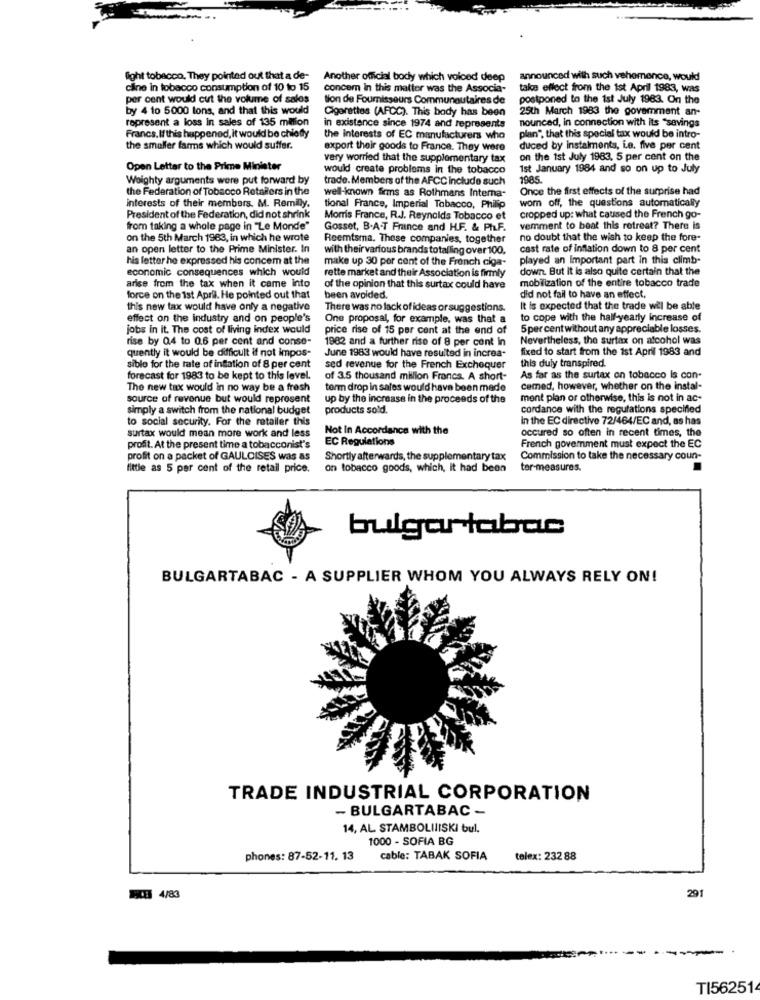
fight tobacco, They pointed out that a de-
Another official body which voiced deep
announced with such vehemence, would
cine in tobacco consumption of 10 to 15
concem in this matter was the Associa-
take effect from the ist April 1983, was
per cent would cut the volume of salos
tion de Fournisseurs Communautaires de
postponed to the 1st July 1983. On the
by 4 to 5000 tons, and that this would
Cigarettes (AFCC). This body has been
25th March 1983 the government an-
represent a loss in sales of 135 million
nounced, in connection with its "savings
in existence since 1974 and represents
Francs. If this happened, it would be chiefly
the Interests of EC manufacturers who
plan", that this special tax would be intro-
the smaller farms which would suffer.
export their goods to France. They were
duced by instalments, Le. five per cent
very worried that the supplementary tax
on the 1st July 1983. 5 per cent on the
Open Letter to the Prime Minister
would create problems in the tobacco
1st January 1984 and so on up to July
Woighty arguments were put forward by
trade. Members of the AFCC Include such
1985.
the Federation of Tobacco Retailers in the
Once the first effects of the surprise had
well-known firms as Rothmans Interna-
wom off, the questions automatically
interests of their members. M. Remilly.
tional France, Imperial Tobacco, Philip
President of the Federation, did not shrink
Morris France, R.J. Reynolds Tobacco et
cropped up: what caused the French go-
from taking a whole page in "Le Monde"
Gosset, B.A-T France and H.F. & Ph.F.
vemment to beat this retreat? There is
on the 5th March 1963, in which he wrote
Reemtsma. These companies, together
no doubt that the wish to keep the fore-
an open letter to the Prime Minister. In
with their various brands totalling over 100.
cast rate of inflation down to 8 per cent
his letter he expressed his concem at the
make up 30 per cent of the French ciga-
played an Important part in this climb-
economic consequences which would
down But it is also quite certain that the
rette market and their Association is firmly
mobilization of the entire tobacco trade
arise from the tax when it came into
of the opinion that this surtax could have
force on the 1st April. He pointed out that
been avoided.
did not fail to have an effect,
this new tax would have only a negative
There was no lack of ideas or suggestions.
It is expected that the trade wil be able
effect on the industry and on people's
One proposal, for example, was that a
to cope with the half-yearly increase of
jobs in it. The cost of living index would
price rise of 15 per cent at the end of
5 per cent without any appreciable losses.
rise by 0.4 to 0.6 per cent and conse-
1982 and a further rise of 8 per cent In
Nevertheless, the surtax on alcohol was
June 1983 would have resulted in increa-
fixed to start from the ist April 1983 and
quently it would be difficult if not impos-
siblo for the rate of inflation of 8 per cent
sed revenue for the French Exchequer
this duly transpired.
forecast for 1983 to be kept to this level.
of 3.5 thousand million Francs. A short-
As far as the surtax on tobacco is con-
The new tax would in no way be a fresh
term drop in sales would have been made
cemed, however, whether on the instal-
source of revenue but would represent
up by the increase in the proceeds of the
ment plan or otherwise, this is not in ac-
simply a switch from the national budget
products sold.
cordance with the regulations specified
to social security. For the retailer this
In the EC directive 72/464/EC and, as has
Not In Accordance with the
occured so often in recent times, the
surtax would mean more work and less
EC Regulations
profit. At the present time a tobacconist's
French government must expect the EC
profit on a packet of GAULOISES was as
Shortly afterwards, the supplementary tax
Commission to take the necessary coun-
little as 5 per cent of the retail price.
on tobacco goods, which, it had been
tor-measures.
bulgar tabac
BULGARTABAC - A SUPPLIER WHOM YOU ALWAYS RELY ON!
TRADE INDUSTRIAL CORPORATION
- BULGARTABAC -
14, AL STAMBOLIIISKI bul.
1000 - SOFIA BG
phones: 87-52-11, 13
cable: TABAK SOFIA
telex: 232 88
291
4/83
TI562514